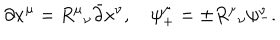
LaTeX: \partial x ^ { \mu } = R ^ { \mu } { } _ { \nu } \bar { \partial } x ^ { \nu } , \quad \psi _ { + } ^ { \mu } = \pm R ^ { \mu } { } _ { \nu } \psi _ { - } ^ { \nu } .